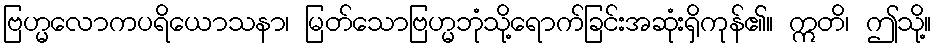
ဗြဟ္မလောကပရိယောသနာ၊ မြတ်သောဗြဟ္မဘုံသို့ရောက်ခြင်းအဆုံးရှိကုန်၏။ ဣတိ၊ ဤသို့။